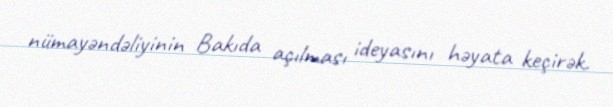
nümayəndəliyinin Bakıda açılması ideyasını həyata keçirək.